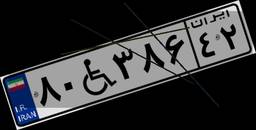
۸۰W۳۸۶۴۲